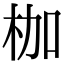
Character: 枷